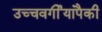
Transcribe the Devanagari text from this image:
उच्चवर्गीयांपैकी